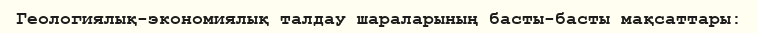
Геологиялық-экономиялық талдау шараларының басты-басты мақсаттары: